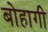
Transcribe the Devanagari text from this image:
बोहागी